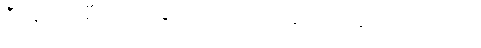
ဒီဖိနပ်ကို စီးရင်း ခြေထောက်က အဆင်ပြေမယ် ထင်တယ်။